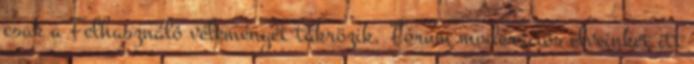
csak a Felhasználó véleményét tükrözik. Fórum moderációs elveinket itt